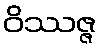
ဝိဿဇ္ဇ